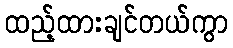
ထည့်ထားချင်တယ်ကွာ